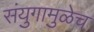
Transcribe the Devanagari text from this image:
संयुगामुळेच